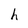
Character: h